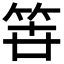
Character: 𮅉